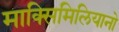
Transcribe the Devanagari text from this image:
माक्सिमिलियानो